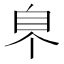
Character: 𦣿